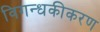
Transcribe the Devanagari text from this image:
विगन्धकीकरण